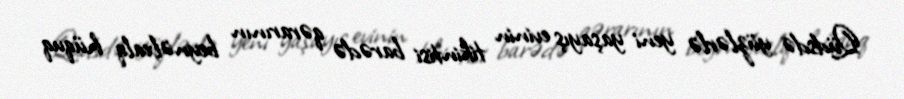
Qüdsdə yüzlərlə yeni yaşayış evinin tikintisi barədə qərarının beynəlxalq hüquq